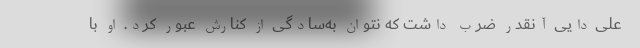
علی دایی آنقدر ضرب داشت که نتوان به‌سادگی از کنارش عبور کرد. او با